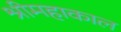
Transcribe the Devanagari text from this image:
श्रीमहाकाल